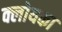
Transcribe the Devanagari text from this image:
क्लोयका